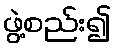
ဖွဲ့စည်း၍